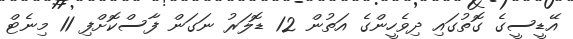
އޭޑީސީގެ ގޮތުގައި ދިވެހީންގެ އަތުން 12 ޑޮލަރު ނަގަން ފާސްކޮށްފި 11 މިނެޓް